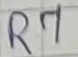
Text: R7